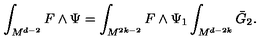
\int _ { M ^ { d - 2 } } F \wedge \Psi = \int _ { M ^ { 2 k - 2 } } F \wedge \Psi _ { 1 } \int _ { M ^ { d - 2 k } } \bar { G } _ { 2 } .